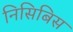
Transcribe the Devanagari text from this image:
निसिबिस